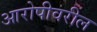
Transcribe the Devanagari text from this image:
आरोपीवरील